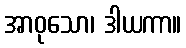
အာဝုသော၊ ဒါယကာ။